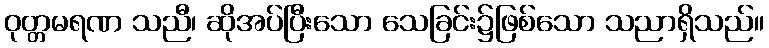
ဝုတ္တမရဏ သညီ၊ ဆိုအပ်ပြီးသော သေခြင်း၌ဖြစ်သော သညာရှိသည်။